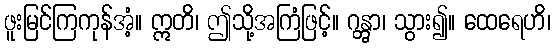
ဖူးမြင်ကြကုန်အံ့။ ဣတိ၊ ဤသို့အကြံဖြင့်။ ဂန္တွာ၊ သွား၍။ ထေရေဟိ၊